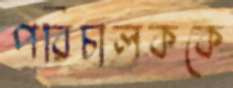
পরিচালককে